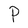
Character: P